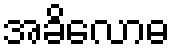
အခိလောဓ